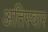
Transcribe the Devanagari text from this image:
अतिस्वार